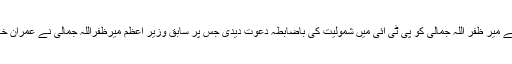
اس موقع پرعمران خان نے میر ظفر اللہ جمالی کو پی ٹی آئی میں شمولیت کی باضابطہ دعوت دیدی جس پر سابق وزیر اعظم میرظفراللہ جمالی نے عمران خان کی دعوت قبول کرلی۔